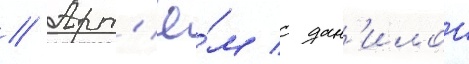
// Арт'ё́м с дан'илои